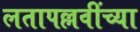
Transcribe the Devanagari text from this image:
लतापल्लवींच्या